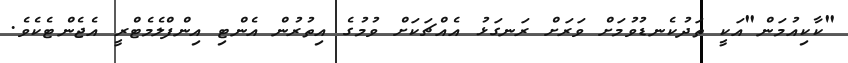
"ކާކިއުމަން"އަކީ ތަދުކެނޑުވުމަށް ވަރަށް ރަނގަޅު އެއްޗަކަށް ވުމުގެ އިތުރުން އެންޓި އިންފްލެމެޓްރީ އެޖެންޓެކެވެ.